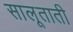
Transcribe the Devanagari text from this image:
सालूताती